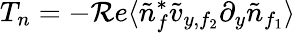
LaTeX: T_{n}=-\mathcal{R}e\langle\tilde{{n}}_{f}^{*}\tilde{{v}}_{y,f_{2}}\partial_{y}\tilde{{n}}_{f_{1}}\rangle